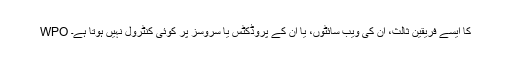
WPO کا ایسے فریقین ثالث، ان کی ویب سائٹوں، یا ان کے پروڈکٹس یا سروسز پر کوئی کنٹرول نہیں ہوتا ہے۔